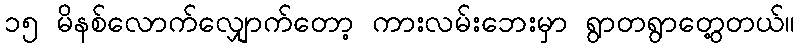
၁၅ မိနစ်လောက်လျှောက်တော့ ကားလမ်းဘေးမှာ ရွာတရွာတွေ့တယ်။